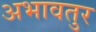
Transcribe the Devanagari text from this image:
अभावतुर